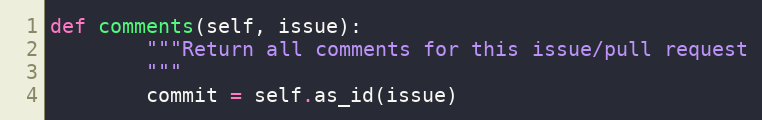
Language: Python
def comments(self, issue):
        """Return all comments for this issue/pull request
        """
        commit = self.as_id(issue)